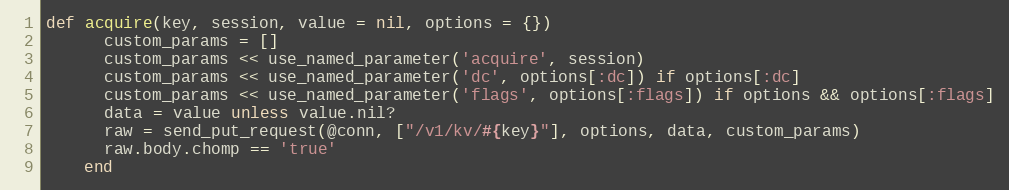
Language: Ruby
def acquire(key, session, value = nil, options = {})
      custom_params = []
      custom_params << use_named_parameter('acquire', session)
      custom_params << use_named_parameter('dc', options[:dc]) if options[:dc]
      custom_params << use_named_parameter('flags', options[:flags]) if options && options[:flags]
      data = value unless value.nil?
      raw = send_put_request(@conn, ["/v1/kv/#{key}"], options, data, custom_params)
      raw.body.chomp == 'true'
    end